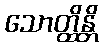
သောတ္ထိန္တိ